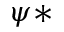
\psi *